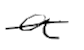
Text: a
Cross-out: single-line
Writing tool: digital_black